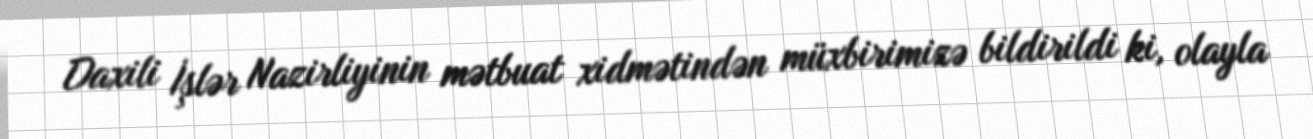
Daxili İşlər Nazirliyinin mətbuat xidmətindən müxbirimizə bildirildi ki, olayla